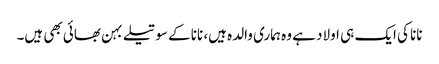
نانا کی ایک ہی اولاد ہے وہ ہماری والدہ ہیں، نانا کے سوتیلے بہن بھائی بھی ہیں۔